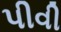
પીવી